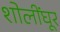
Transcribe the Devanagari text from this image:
शोलींघूर